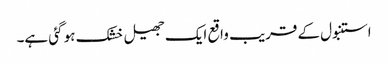
استنبول کے قریب واقع ایک جھیل خشک ہو گئی ہے۔